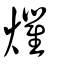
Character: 爠